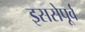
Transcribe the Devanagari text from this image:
इससेपूर्व